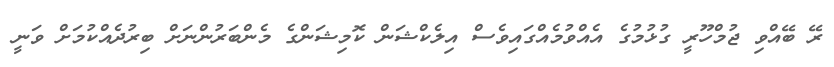
ރޭ ބޭއްވި ޖުމްހޫރީ ގުޅުމުގެ އެއްވުމެއްގައިވެސް އިލެކްޝަން ކޮމިޝަންގެ މެންބަރުންނަށް ބިރުދެއްކުމަށް ވަނީ